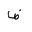
Letter: _dad